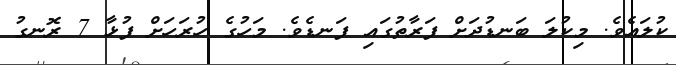
ކުލައެވެ. މިކުލަ ބަނޑުދަށް ފަރާތުގައި ފަނޑެވެ. މަހުގެ ހުރަހަށް ފުޅާ 7 ރޮނގު